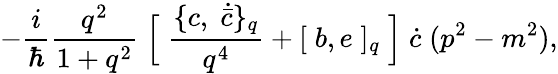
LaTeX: -\frac{i}{\hbar}\frac{q^{2}}{1+q^{2}}\; \Bigl[\; \frac{\{ c,\; \dot{\bar{c}}\} _{q}}{q^{4}}+[\; b,e\; ]_{q}\; \Bigr]\; \dot{c}\; (p^{2}-m^{2}),